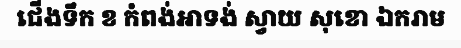
ជើងទឹក ខ កំពង់អាទង់ ស្វាយ សុខោ ឯករាម